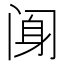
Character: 𰿰